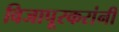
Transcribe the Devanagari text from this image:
विजापूरकरांनी